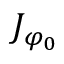
J _ { \varphi _ { 0 } }